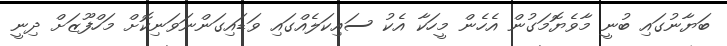
ބަޔާނުގައި ބުނީ މާވެޔޮމަގުން އެހެން މީހަކާ އެކު ސައިކަލެއްގައި ވަޑައިގަންނަވަނިކޮށް މަހްފޫޒަށް ދިނީ